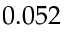
0 . 0 5 2